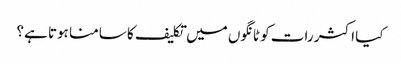
کیا اکثر رات کو ٹانگوں میں تکلیف کا سامنا ہوتا ہے؟